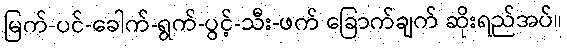
မြက်-ပင်-ခေါက်-ရွက်-ပွင့်-သီး-ဖက် ခြောက်ချက် ဆိုးရည်အပ်။